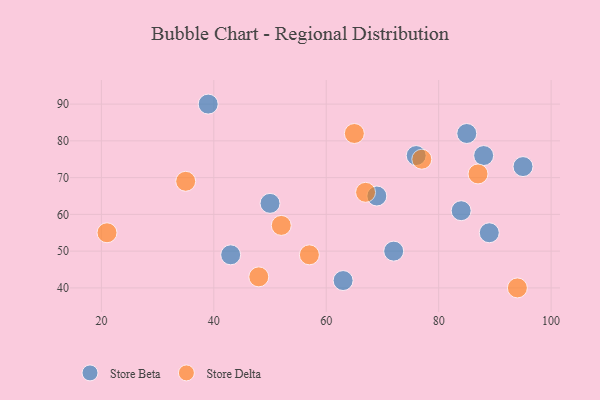
{"axis": {"x": "GDP", "y": "Life Expectancy"}, "legend": ["Store Beta", "Store Delta"], "data": [{"x": "43", "y": 49, "type": "Store Beta"}, {"x": "69", "y": 65, "type": "Store Beta"}, {"x": "88", "y": 76, "type": "Store Beta"}, {"x": "50", "y": 63, "type": "Store Beta"}, {"x": "89", "y": 55, "type": "Store Beta"}, {"x": "85", "y": 82, "type": "Store Beta"}, {"x": "63", "y": 42, "type": "Store Beta"}, {"x": "84", "y": 61, "type": "Store Beta"}, {"x": "39", "y": 90, "type": "Store Beta"}, {"x": "72", "y": 50, "type": "Store Beta"}, {"x": "95", "y": 73, "type": "Store Beta"}, {"x": "76", "y": 76, "type": "Store Beta"}, {"x": "77", "y": 75, "type": "Store Delta"}, {"x": "21", "y": 55, "type": "Store Delta"}, {"x": "87", "y": 71, "type": "Store Delta"}, {"x": "67", "y": 66, "type": "Store Delta"}, {"x": "94", "y": 40, "type": "Store Delta"}, {"x": "52", "y": 57, "type": "Store Delta"}, {"x": "48", "y": 43, "type": "Store Delta"}, {"x": "35", "y": 69, "type": "Store Delta"}, {"x": "57", "y": 49, "type": "Store Delta"}, {"x": "65", "y": 82, "type": "Store Delta"}]}